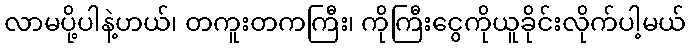
လာမပို့ပါနဲ့ဟယ်၊ တကူးတကကြီး၊ ကိုကြီးငွေကိုယူခိုင်းလိုက်ပါ့မယ်